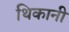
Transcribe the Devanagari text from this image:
थिकानी